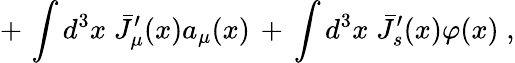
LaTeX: +\, \int d^{3}x\; {\bar{J}}_{\mu}^{\prime}(x)a_{\mu}(x)\, +\, \int d^{3}x\; {\bar{J}}_{s}^{\prime}(x)\varphi(x)\; ,